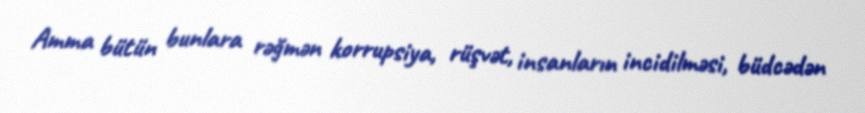
Amma bütün bunlara rəğmən korrupsiya, rüşvət, insanların incidilməsi, büdcədən